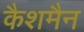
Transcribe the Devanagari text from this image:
कैशमैन